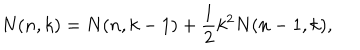
N ( n , k ) = N ( n , k - 1 ) + \frac { 1 } { 2 } k ^ { 2 } N ( n - 1 , k ) ,